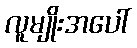
လူမျိုးအပေါ်